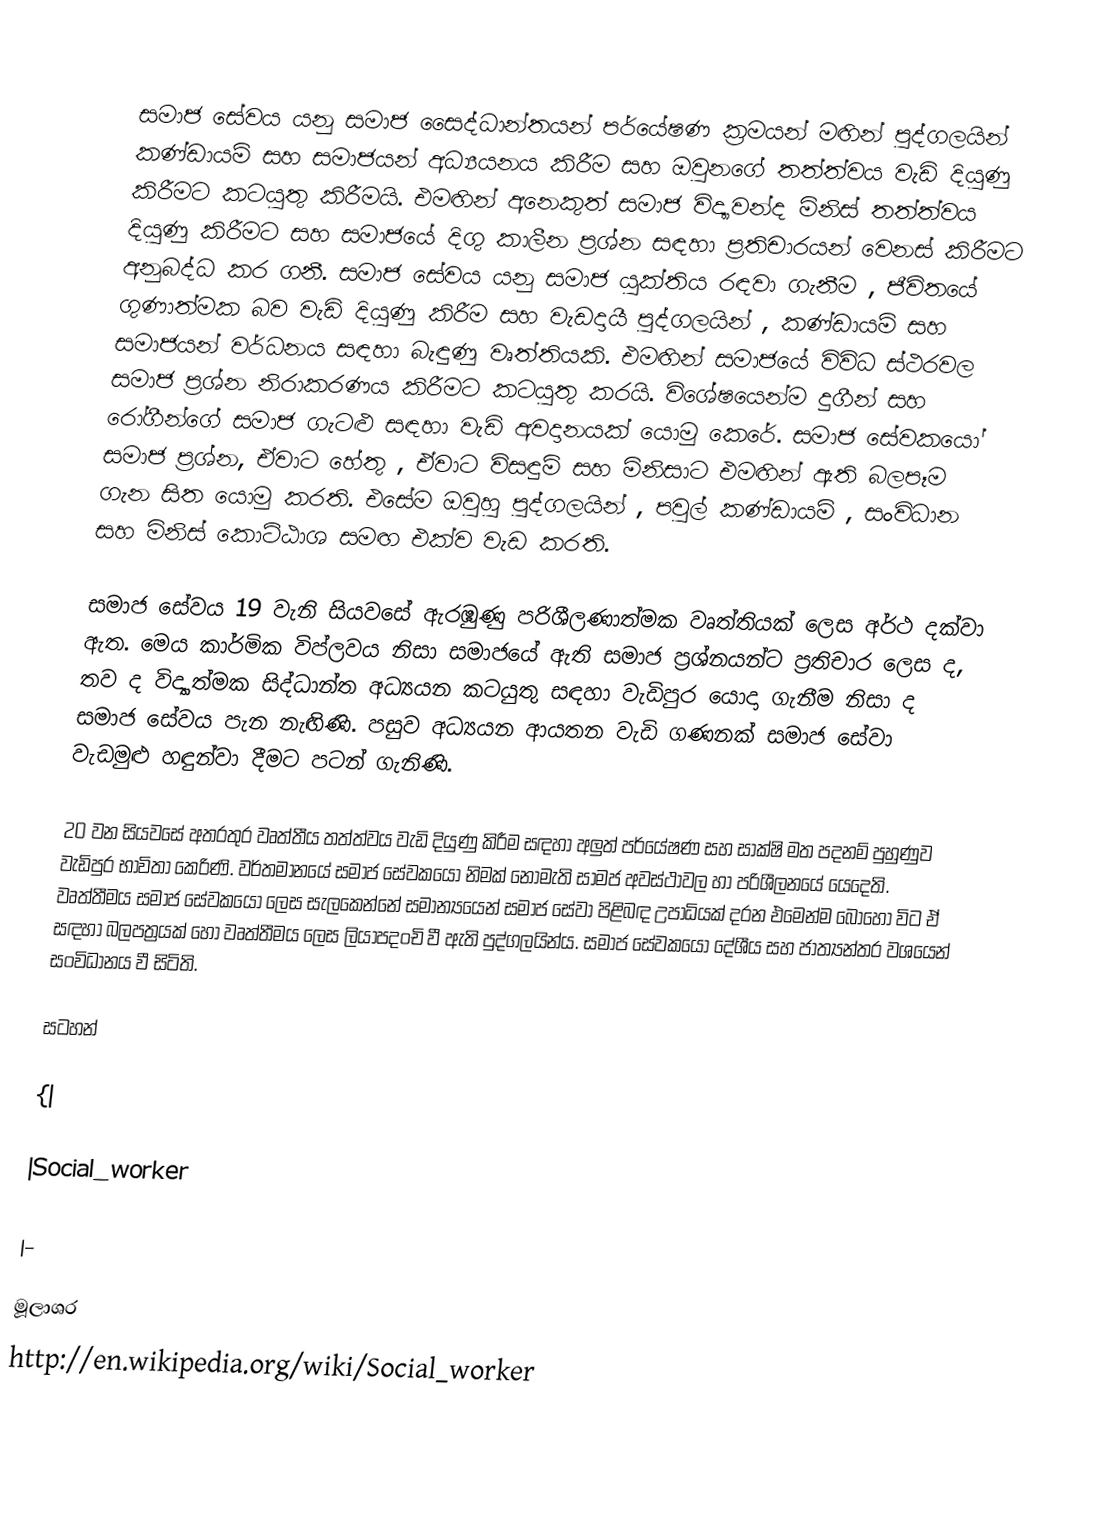
‍‍

සමාජ සේවය යනු සමාජ සෛද්ධාන්තයන් පර්යේෂණ ක්‍රමයන් මඟින් පුද්ගලයින් කණ්ඩායම් සහ සමාජයන් අධ්‍යයනය කිරීම සහ ඔවුනගේ තත්ත්වය වැඩි දියුණු කිරීමට කටයුතු කිරීමයි. එමඟින් අනෙකුත් සමාජ විද්‍යාවන්ද මිනිස් තත්ත්වය දියුණු කිරීමට සහ සමාජයේ දිගු කාලීන ප්‍රශ්න සඳහා ප්‍රතිචාරයන් වෙනස් කිරීමට අනුබද්ධ කර ගනී. සමාජ සේවය යනු සමාජ යුක්තිය රඳවා ගැනීම , ජීවිතයේ ගුණාත්මක බව වැඩි දියුණු කිරීම සහ වැඩදායී පුද්ගලයින් , කණ්ඩායම් සහ සමාජයන් වර්ධනය සඳහා බැඳුණු වෘත්තියකි. එමඟින් සමාජයේ විවිධ ස්ථරවල සමාජ ප්‍රශ්න නිරාකරණය කිරීමට කටයුතු කරයි. විශේෂයෙන්ම දුගීන් සහ රෝගීන්ගේ සමාජ ගැටළු සඳහා වැඩි අවදානයක් යොමු කෙරේ. සමාජ සේවකයෝ සමාජ ප්‍රශ්න, ඒවාට හේතු , ඒවාට විසඳුම් සහ මිනිසාට එමඟින් ඇති බලපෑම ගැන සිත යොමු කරති. එසේම ඔවුහු පුද්ගලයින් , පවුල් කණ්ඩායම් , සංවිධාන සහ මිනිස් කොට්ඨාශ සමඟ එක්ව වැඩ කරති.

සමාජ සේවය 19 වැනි සියවසේ ඇරඹුණු පරිශීලණාත්මක වෘත්තියක් ලෙස අර්ථ දක්වා ඇත. මෙය කාර්මික විප්ලවය නිසා සමාජයේ ඇති සමාජ ප්‍රශ්නයන්ට ප්‍රතිචාර ලෙස ද, තව ද විද්‍යාත්මක සිද්ධාන්ත අධ්‍යයන කටයුතු සඳහා වැඩිපුර යොදා ගැනීම නිසා ද සමාජ සේවය පැන නැඟිණි. පසුව අධ්‍යයන ආයතන වැඩි ගණනක් සමාජ සේවා වැඩමුළු හඳුන්වා දීමට පටන් ගැනිණි.

20 වන සියවසේ අතරතුර වෘත්තීය තත්ත්වය වැඩි දියුණු කිරීම සඳහා අලුත් පර්යේෂණ සහ සාක්ෂි මත පදනම් පුහුණුව වැඩිපුර භාවිතා කෙරිණි. වර්තමානයේ සමාජ සේවකයෝ නිමක් නොමැති සාමජ අවස්ථාවල හා පරිශීලනයේ යෙදෙති. වෘත්තීමය සමාජ සේවකයෝ ලෙස සැලකෙන්නේ සමාන්‍යයෙන් සමාජ සේවා පිළිබඳ උපාධියක් දරන එමෙන්ම බොහෝ විට ඒ සඳහා බලපත්‍රයක් හෝ වෘත්තීමය ලෙස ලියාපදංචි වී ඇති පුද්ගලයින්ය. සමාජ සේවකයෝ දේශීය සහ ජාත්‍යන්තර වශයෙන් සංවිධානය වී සිටිති.

සටහන්

{|

|Social_worker

|-

මූලාශ‍්‍ර
http://en.wikipedia.org/wiki/Social_worker